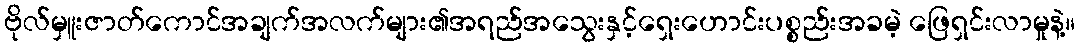
ဗိုလ်မှူးဇာတ်ကောင်အချက်အလက်များ၏အရည်အသွေးနှင့်ရှေးဟောင်းပစ္စည်းအခမဲ့ ဖြေရှင်းလာမှုနဲ့။